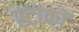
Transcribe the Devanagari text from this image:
स्टाकों